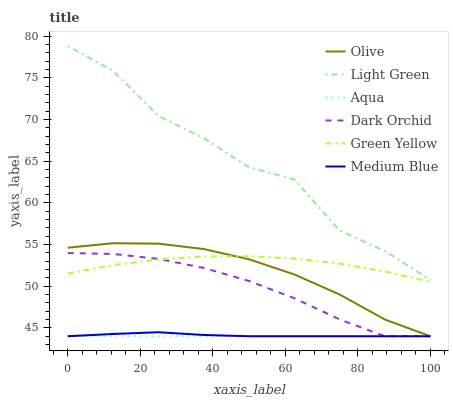
| xaxis_label | Olive | Light Green | Aqua | Dark Orchid | Green Yellow | Medium Blue |
 | --- | --- | --- | --- | --- | --- | --- |
 | 0 | 54.6 | 78.8 | 44.1 | 54 | 51.5 | 44 |
 | 12.5 | 55.2 | 75.8 | 44 | 53.9 | 52.5 | 44.3 |
 | 25 | 55.1 | 70.4 | 44 | 53.3 | 53.2 | 44.5 |
 | 37.5 | 54.5 | 67.8 | 44 | 52.2 | 53.6 | 44.2 |
 | 50 | 53.2 | 64.3 | 44 | 50.6 | 53.6 | 44 |
 | 62.5 | 51.4 | 62.8 | 44 | 48.6 | 53.3 | 44 |
 | 75 | 49 | 56.7 | 44 | 46 | 52.7 | 44 |
 | 87.5 | 46 | 54.2 | 44 | 44 | 51.8 | 44 |
 | 100 | 44 | 50.8 | 44 | 44 | 50.5 | 44 |